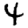
Digit: 4